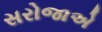
સરોજાએ